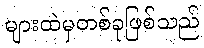
များထဲမှတစ်ခုဖြစ်သည်